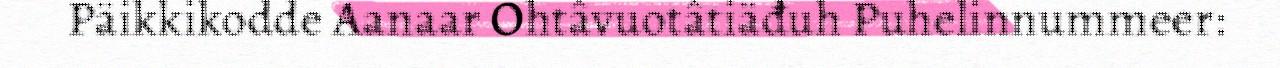
Päikkikodde Aanaar Ohtâvuotâtiäđuh Puhelinnummeer: